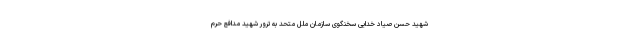
شهید حسن صیاد خدایی سخنگوی سازمان ملل متحد به ترور شهید مدافع حرم